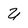
Character: U